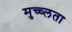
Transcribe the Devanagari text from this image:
मुच्च्लता